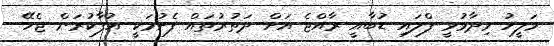
މަލީހު ވިދާޅުވީ ފްލައި ޑުބާއީ ރާއްޖެ އަށް ދަތުރުތައް ފެށުމަކީ އުފާކުރަން ޖެހޭ